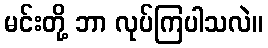
မင်းတို့ ဘာ လုပ်ကြပါသလဲ။